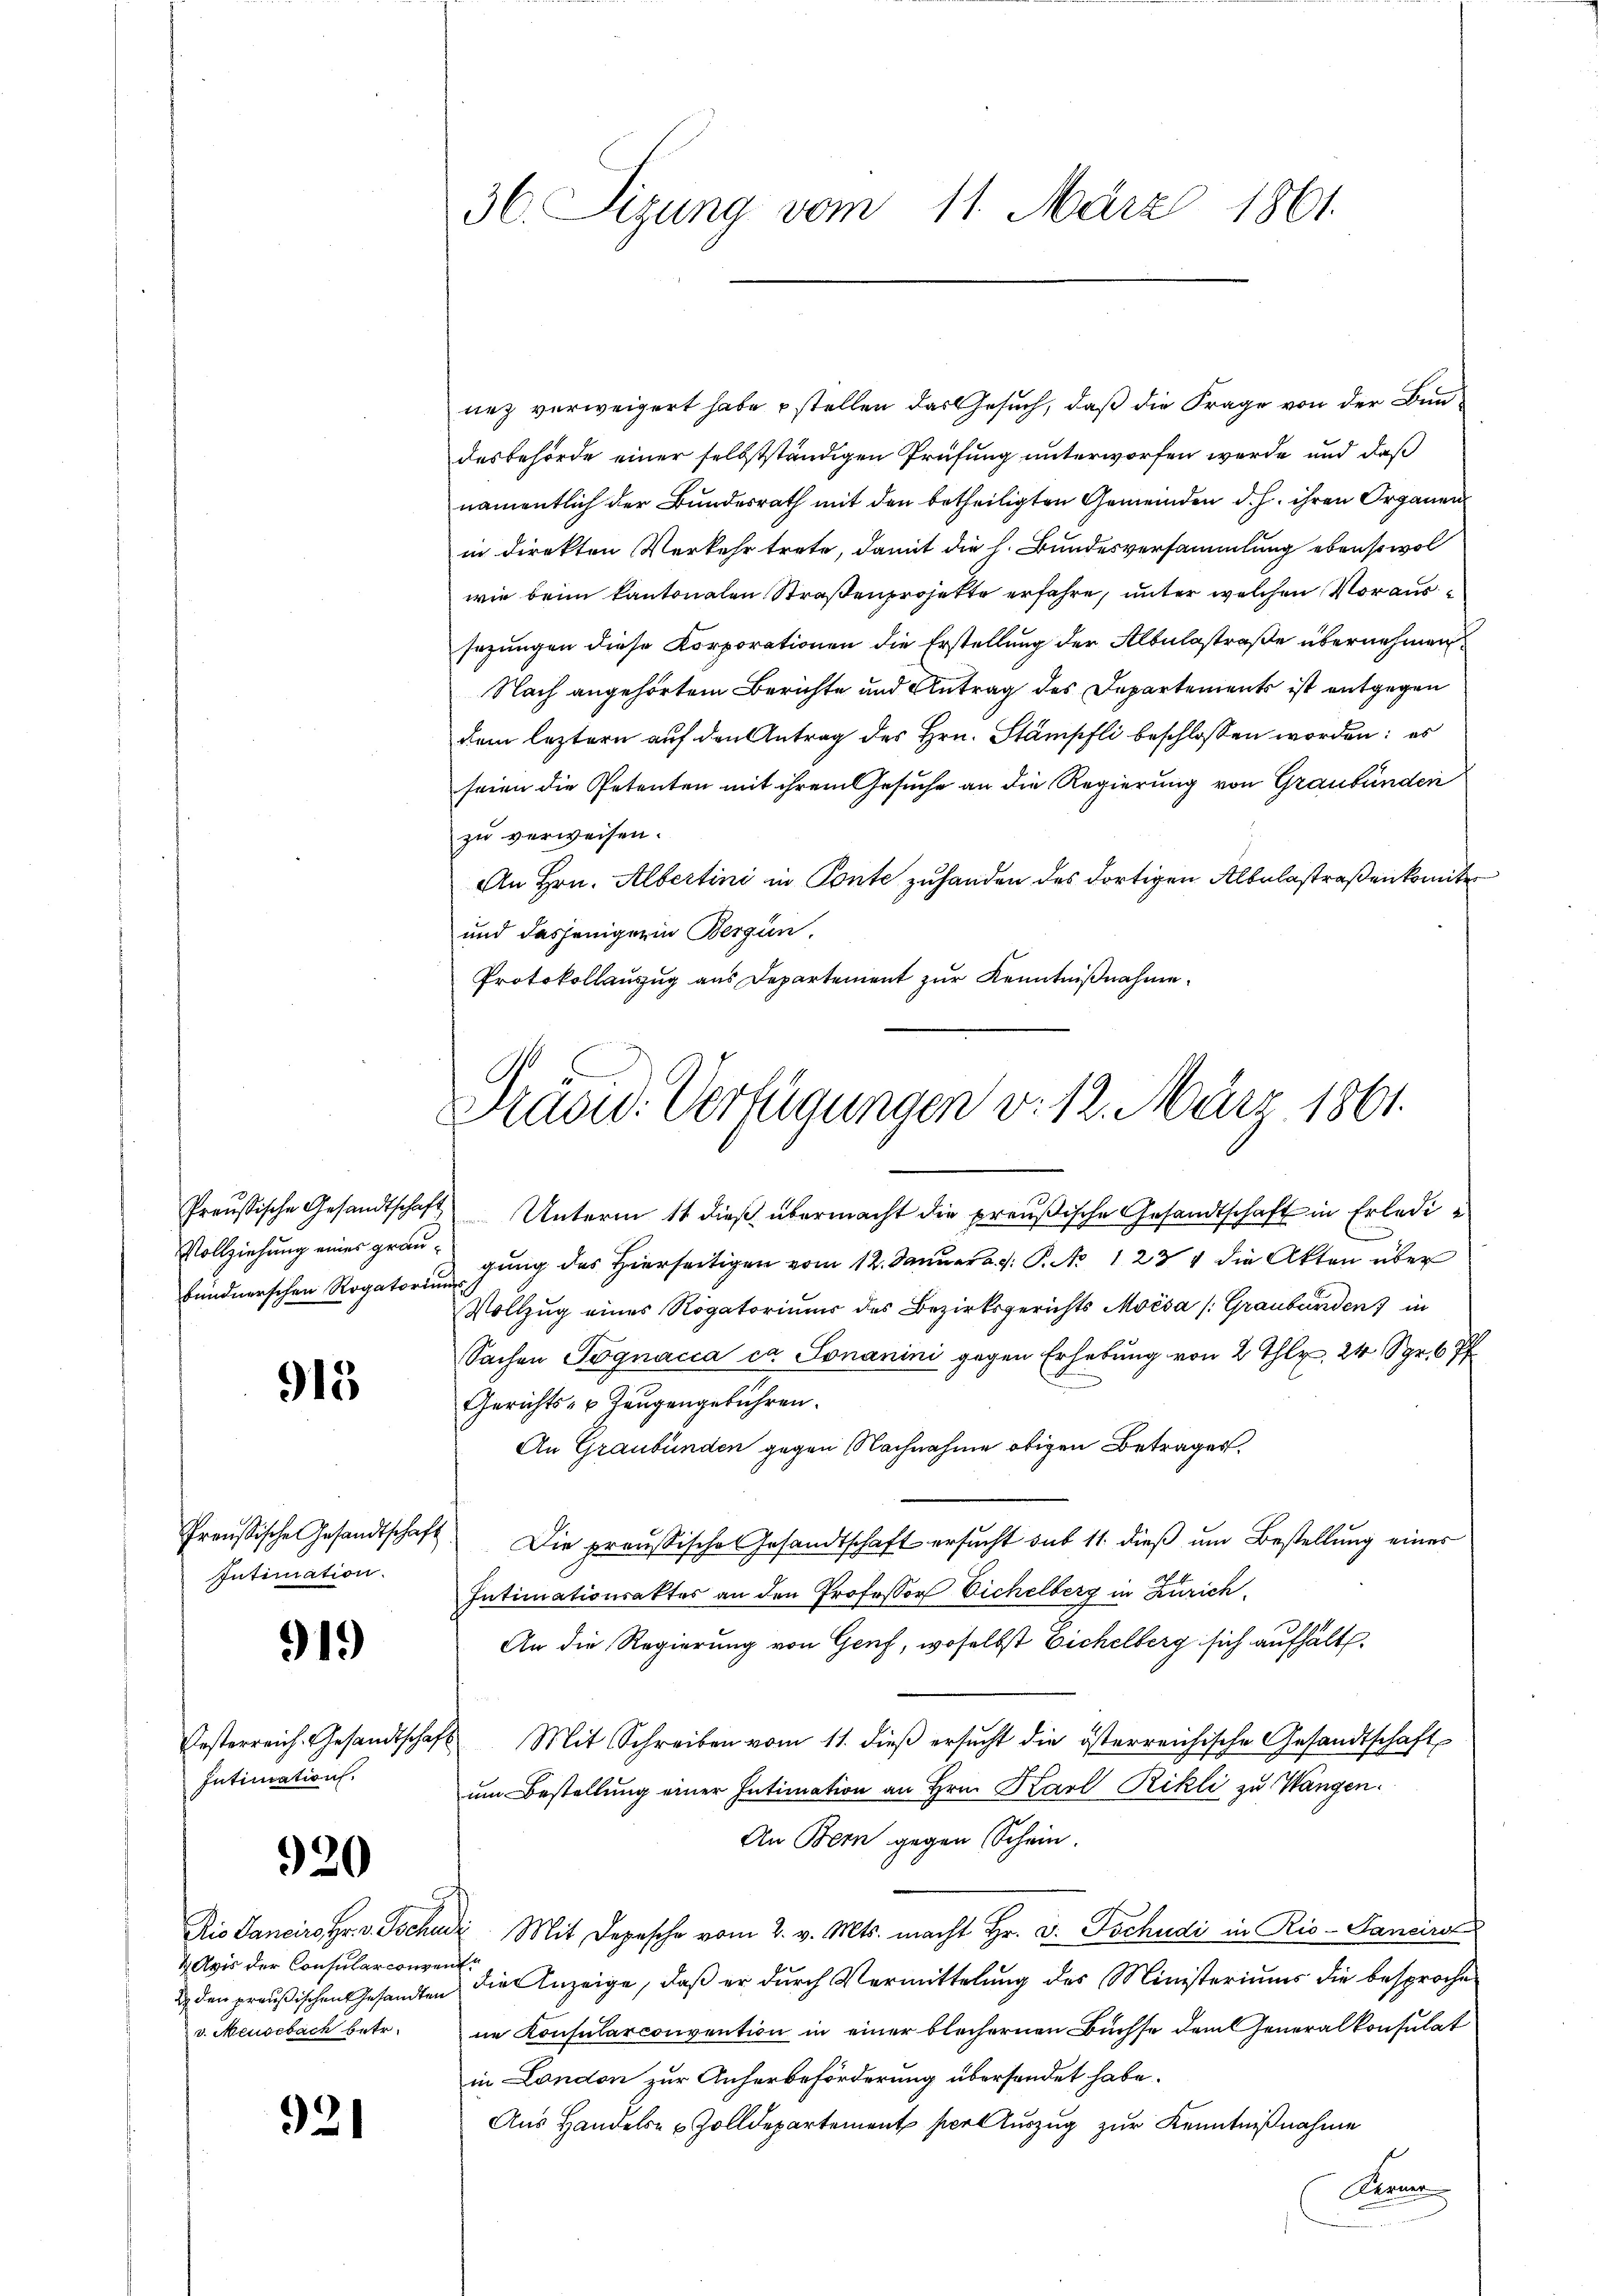
Vollziehung eines graubündnerschen Rogatorium

915

Intimation.

919

Intimation.

920

Avis der Consularconvent.
v. Meisebach betr.

921

36. Sizung vom 11. März 1861.

nez verweigert habe stellen das Gesuch, daß die Frage von der Bundesbehörde einer selbstständigen Prüfung unterworfen werde und daß
namentlich der Bundesrath mit den betheiligten Gemeinden d. h. ihren Organen
in direkten Verkehr trete, damit die h. Bundesversammlung ebensowol
wie beim kantonalen Straßenprojekte erfahre, unter welchen Voraussezungen diese Korporationen die Erstellung der Albulastraße übernehmen.
Nach angehörtem Berichte und Antrag des Departements ist entgegen
dem leztern auf den Antrag des Hrn. Stampfli beschlossen worden: es
seien die Petenten mit ihrem Gesuche an die Regierung von Graubünden
zu verweisen.
An Hrn. Albertini in Ponte zuhanden des dortigen Albelastraßenkomite
und dasjenigerin Bergün,
Protokollauszug aus Departement zur Kenntnißnahme.

Präsid. Verfügungen v. 12. März 1861.

Preußische Gesandtschaft Unterm 11 dieß übermacht die preußische Gesandtschaft in Erledigung des Hierseitigen vom 12. Januar d. J. P. 1234 die Akten über
Vollzug eines Rogatoriums des Bezirksgerichts Moisa /: Graubünden in
Sachen Pognacia ca. Sonanini gegen Erhebung von 2 Thlr, 24 Spr 6 Pf
Gerichts- u. Zeugengebühren.
An Graubünden gegen Nachnahme obigen Betrages.
Preußische Gesandtschaft. Die preußische Gesandtschaft ersucht sub 11. dieß um Bestellung einer
Intimationsaktes an den Professor Eichelberg in Zürich
An die Regierung von Genf, woselbst Eichelberg sich aufhält.
Oesterreich. Gesandtschaft Mit Schreiben vom 11. dieβ ersŭcht die österreichische Gesandtschaft
um Bestellung einer Intimation an Hrn. Karl Rikli zu Wangen.
An Bern gegen Schein.
Rio Sanciro Hr. v. Tschudi Mit Depesche vom 2. v. Mts. macht Hr. v. Tschudi in Rio- Sanciret
u den präŭβischen Gesandten die Anzeige, daβ er dŭrch Vermittelŭng des Ministeriums die besproche
ne Konsularconvention in einer blechernen Büchse dem Generalkonsulat
in Landon zur Anherbeförderung übersendet habe.
Aus Handels- & Zolldepartement port Auszug zur Kenntnißnahme
Kerner